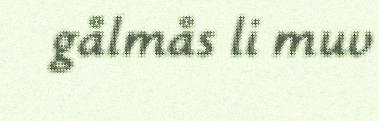
gålmås li muv